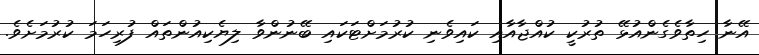
އޭނާ ހިތާވެގެންއުޅޭ ތުރުކީ ކުއްޖާއާއި ކައިވެނި ކުރުމަށްޓަކައި ބޭނުންވާ ލިޔެކިއުންތައް ފުރިހަމަ ކުރުމަށެވެ.